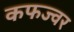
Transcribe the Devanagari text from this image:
कफज्वर